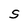
Character: S